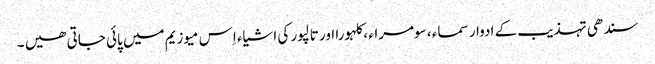
سندھی تہذیب کے ادوار سماء ، سومراء ، کلہورا اور تالپور کی اشیاء اِس میوزیم میں پائی جاتی ھیں ۔